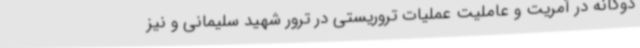
دوگانه در آمریت و عاملیت عملیات تروریستی در ترور شهید سلیمانی و نیز